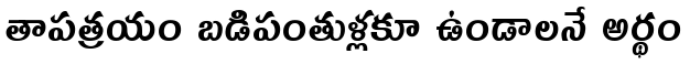
తాపత్రయం బడిపంతుళ్లకూ ఉండాలనే అర్థం